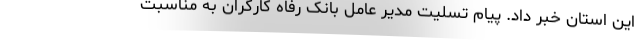
این استان خبر داد. پیام تسلیت مدیر عامل بانک رفاه کارگران به مناسبت